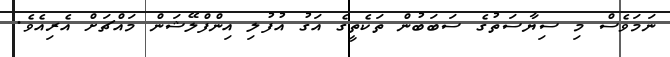
ނަމަވެސް މި ސިޔާސަތުގެ ސަބަބުން ތަކެތީގެ އަގު އުފުލި އިންފްލޭޝަން މައްޗަށް އެރިއެވެ.